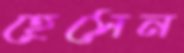
হেসেন